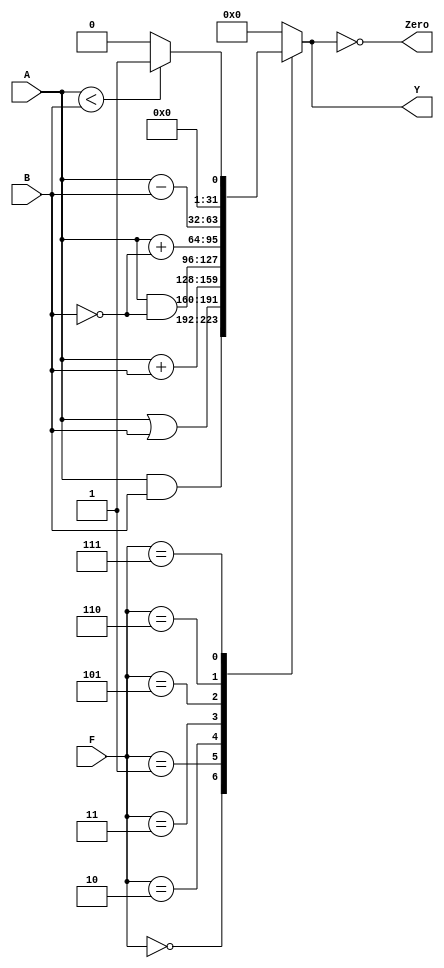
// 32-bit ALU
//Programmer name:Manish Gour
//Programmer ID: 2019H1030025G
module alu(	input [31:0] A, B, 
            input [2:0] F, 
				output reg [31:0] Y, output Zero);
				
	always @ ( * )
		case (F[2:0])
			3'b000: Y <= A & B;
			3'b001: Y <= A | B;
			3'b010: Y <= A + B;
			//3'b011: Y <= 0;  // not used
			3'b011: Y <= A & ~B;
			3'b101: Y <= A + ~B;
			3'b110: Y <= A - B;
			3'b111: Y <= A < B ? 1:0;
			default: Y <= 0; //default to 0, should not happen
		endcase
	
	assign Zero = (Y == 32'b0);
endmodule

// Example 7.6 Register file
module regfile(input         clk, 
               input         we3, 
               input  [4:0]  ra1, ra2, wa3, 
               input  [31:0] wd3, 
               output [31:0] rd1, rd2);

  reg [31:0] rf[31:0];

  // three ported register file
  // read two ports combinationally
  // write third port on rising edge of clock
  // register 0 hardwired to 0

  always @(posedge clk)
    if (we3) rf[wa3] <= wd3;	

  assign rd1 = (ra1 != 0) ? rf[ra1] : 0;
  assign rd2 = (ra2 != 0) ? rf[ra2] : 0;
endmodule

// Example 7.8 Left Shift (Multiply by 4)
module sl2(input  [31:0] a,
           output [31:0] y);

  // shift left by 2
  assign y = {a[29:0], 2'b00};
endmodule

// Example 7.9 Sign Extension
module signext(input  [15:0] a,
               output [31:0] y);
              
  assign y = {{16{a[15]}}, a};
endmodule

// Example 7.10 Resettable Flip-flop with width parameter
module flopr #(parameter WIDTH = 8)
              (input                  clk, reset,
               input      [WIDTH-1:0] d, 
               output reg [WIDTH-1:0] q);

  always @(posedge clk, posedge reset)
    if (reset) q <= 0;
    else       q <= d;
endmodule

// Example 4.20 RESETTABLE ENABLED REGISTER with width parameter
module flopenr #(parameter WIDTH = 8)
                (input                  clk, reset,
                 input                  en,
                 input      [WIDTH-1:0] d, 
                 output reg [WIDTH-1:0] q);
 
  always @(posedge clk, posedge reset)
    if      (reset) q <= 0;
    else if (en)    q <= d;
endmodule

// Example 4.5 2:1 MULTIPLEXER with width parameter
module mux2 #(parameter WIDTH = 8)
             (input  [WIDTH-1:0] d0, d1, 
              input              s, 
              output [WIDTH-1:0] y);

  assign y = s ? d1 : d0; 
endmodule

// 3:1 MULTIPLEXER with width parameter
module mux3 #(parameter WIDTH = 8)
             (input  [WIDTH-1:0] d0, d1, d2,
              input  [1:0]       s, 
              output [WIDTH-1:0] y);

  assign #1 y = s[1] ? d2 : (s[0] ? d1 : d0); 
endmodule

// Example 4.6 4:1 MULTIPLEXER with width parameter
module mux4 #(parameter WIDTH = 8)
             (input      [WIDTH-1:0] d0, d1, d2, d3,
              input      [1:0]       s, 
              output reg [WIDTH-1:0] y);

   always @( * )
      case(s)
         2'b00: y <= d0;
         2'b01: y <= d1;
         2'b10: y <= d2;
         2'b11: y <= d3;
      endcase
endmodule